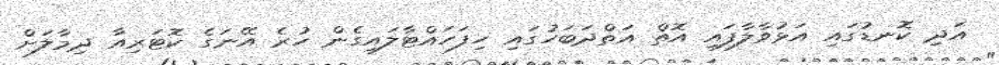
އަދި ކޮނޑުގައި އަޅުވާލާފައި އޮތް އަތްދަބަހުގައި ހިފަހައްޓާލައިގެން ހުރެ އޭނަގެ ކޮޓަރިއާ ދިމާލަށް